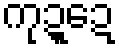
ကုဍ္ဍေ